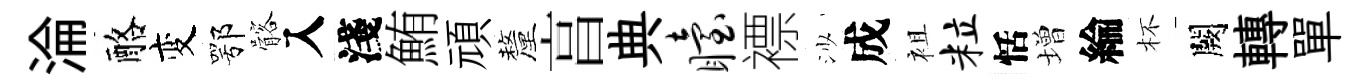
淪酪变鄂髂入淺鮪頑釐亯典眙褾沙成袓粒恬増綸杯闕轉單